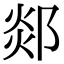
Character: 郯